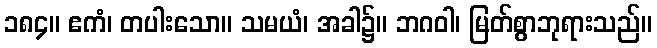
၁၈၄။ ဧကံ၊ တပါးသော။ သမယံ၊ အခါ၌။ ဘဂဝါ၊ မြတ်စွာဘုရားသည်။